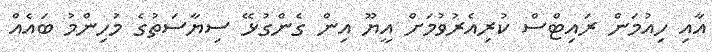
އާއި ހިއުމަން ރައިޓްސް ކުރިއެރުވުމަށް އީޔޫ އިން ގެންގުޅޭ ސިޔާސަތުގެ މުހިންމު ބައެއް